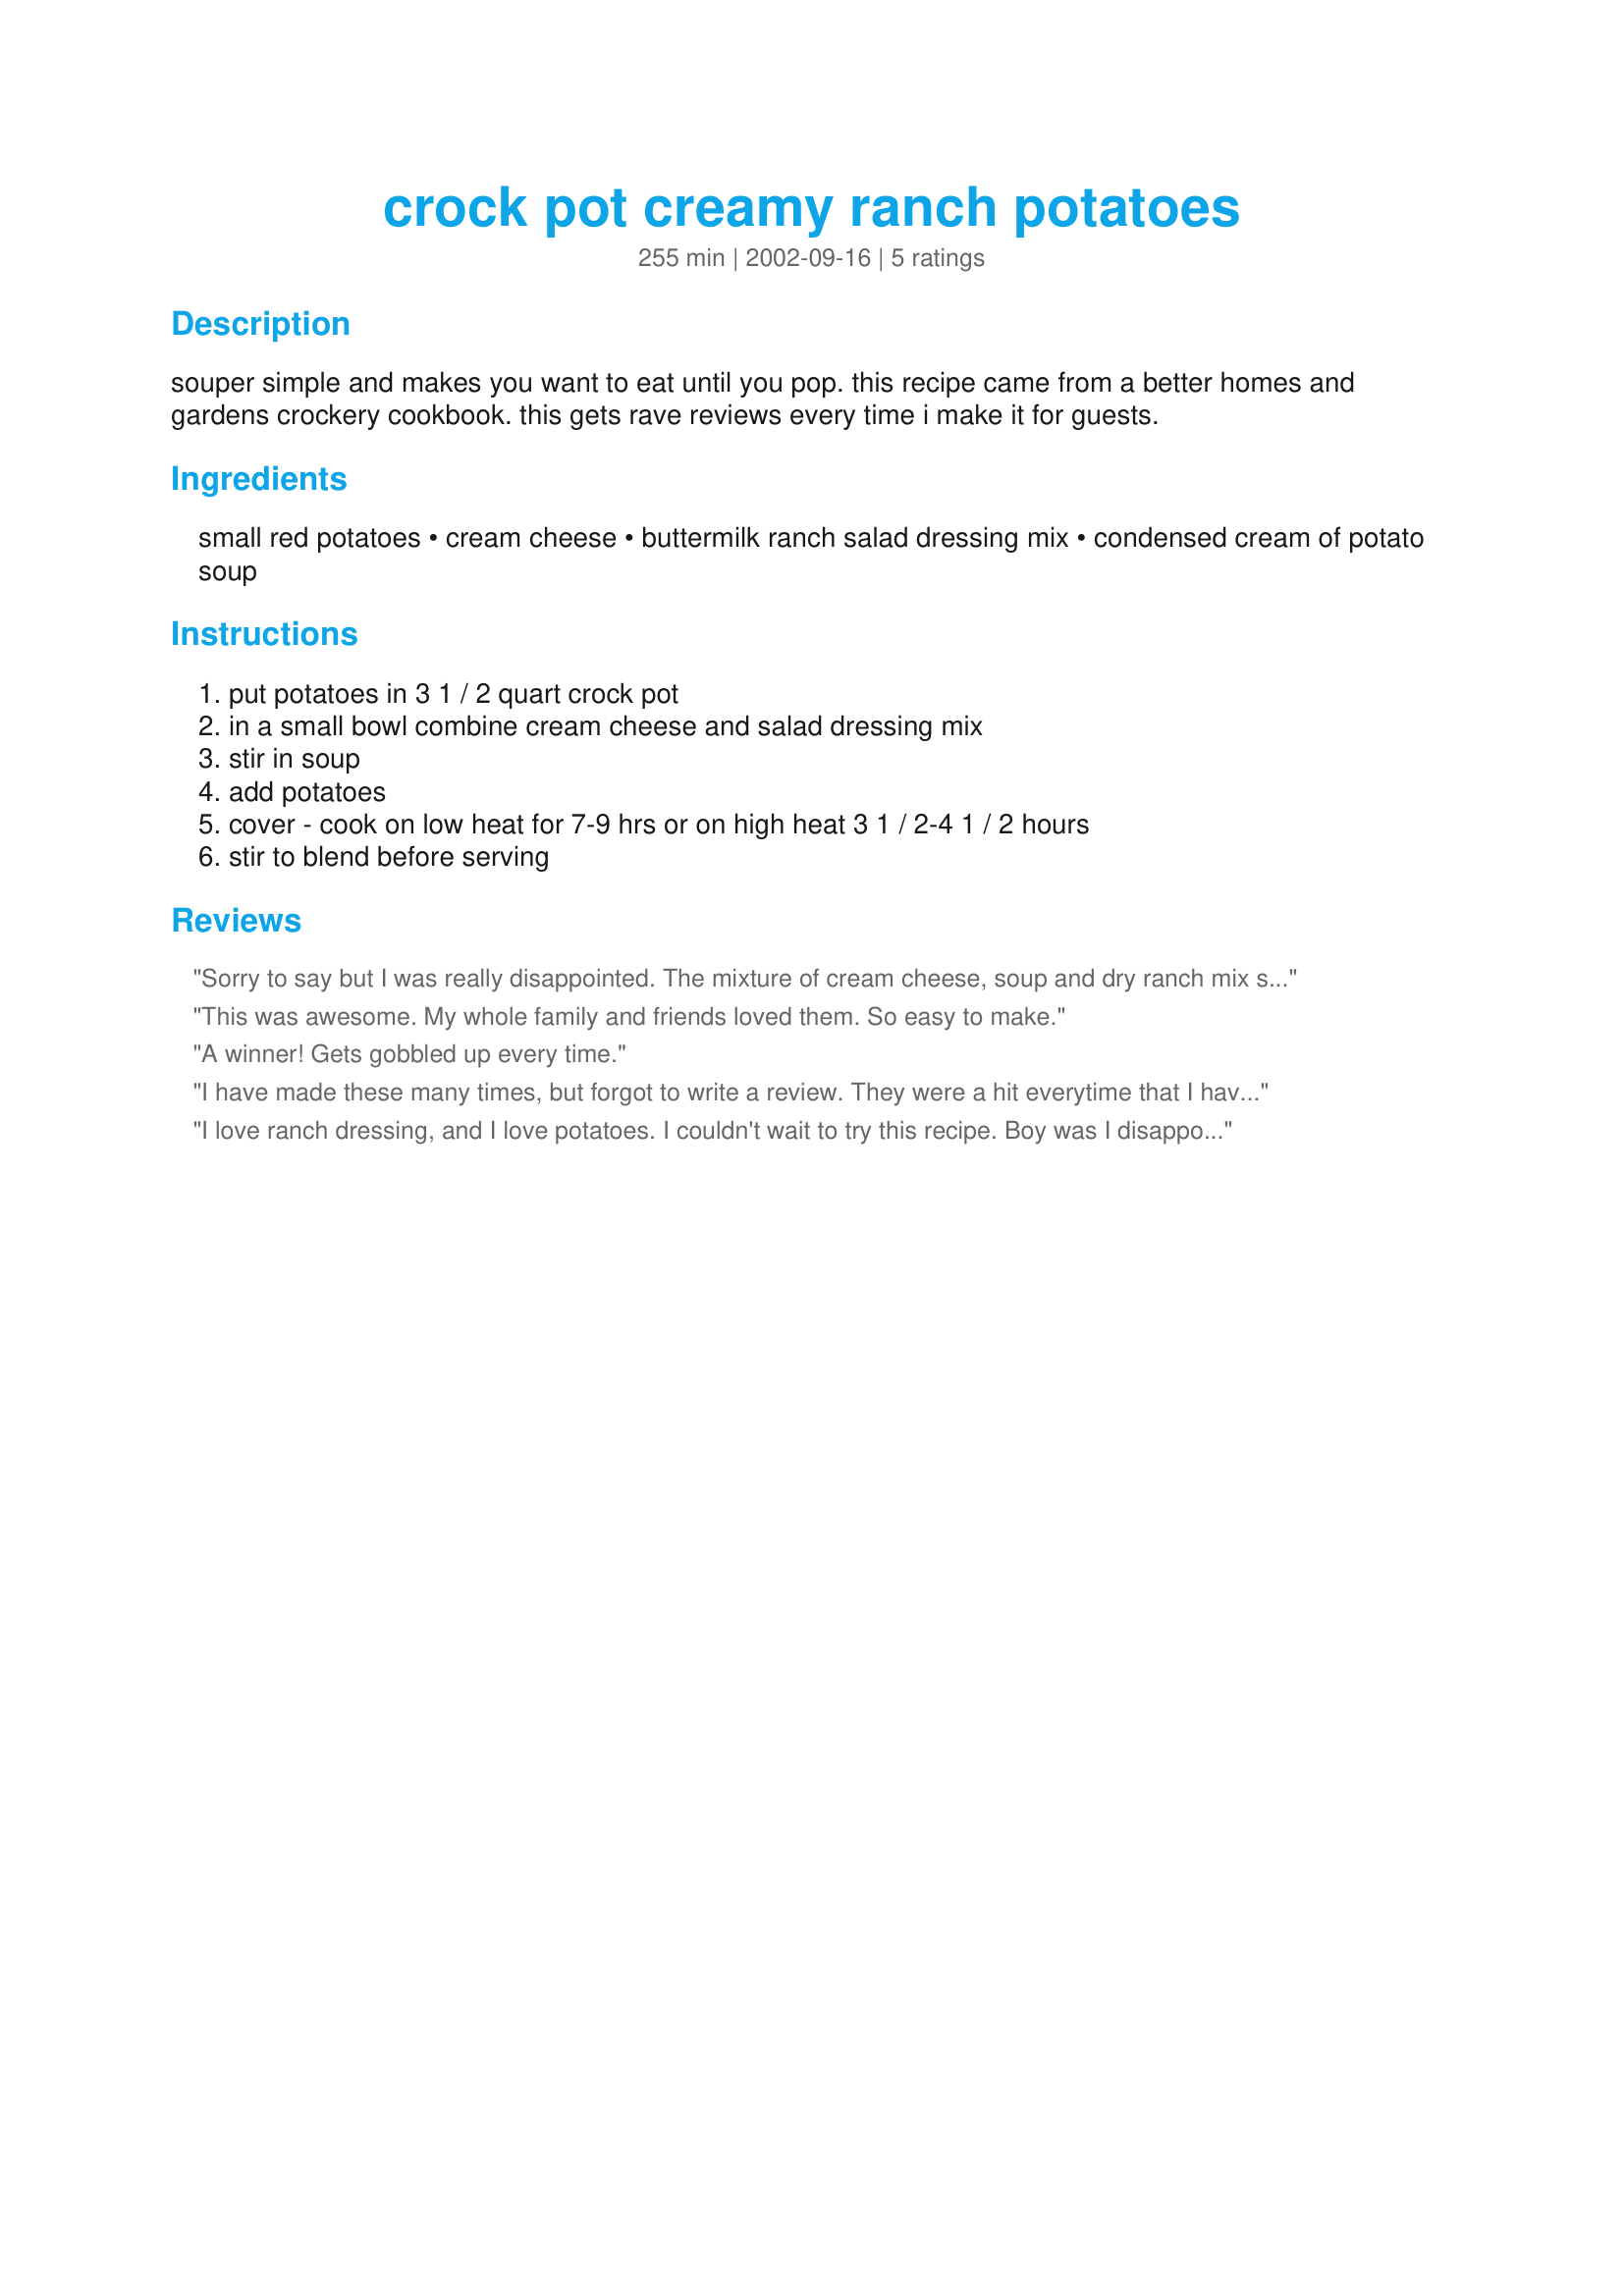
crock pot creamy ranch potatoes
Preparation time: 255 minutes

souper simple and makes you want to eat until you pop. this recipe came from a better homes and gardens crockery cookbook. this gets rave reviews every time i make it for guests.

Ingredients:
small red potatoes, cream cheese, buttermilk ranch salad dressing mix, condensed cream of potato soup

Steps:
put potatoes in 3 1 / 2 quart crock pot, in a small bowl combine cream cheese and salad dressing mix, stir in soup, add potatoes, cover - cook on low heat for 7-9 hrs or on high heat 3 1 / 2-4 1 / 2 hours, stir to blend before serving

Reviews:
Sorry to say but I was really disappointed. The mixture of cream cheese, soup and dry ranch mix seemed really thick when I mixed it but thought after 6-8 hrs in crock pot - it would thin and make a "sauce". It didn't - just looked like kinda "globby" and didn't evenly coat the potatoes.Looked worse than it tasted. Maybe adding more liquid to thin the mixture would have helped.
This was awesome. My whole family and friends loved them. So easy to make.
A winner! Gets gobbled up every time.
I have made these many times, but forgot to write a review. They were a hit everytime that I have made them. I have made them with cream of potato soup, as called for, but have also used cream of chicken or cream of mushroom when I didn't have cream of potato on hand. Easy to make and always get lots of compliments!
I love ranch dressing, and I love potatoes. I couldn't wait to try this recipe. Boy was I disappointed! The smell of the ranch was so strong,that by the time it was done (which was WAY longer than stated here), I was sick of it. I thought maybe they would taste good despite the smell, but even my husband (who will eat ANY potato) left it in the fridge and didn't touch it. Not your fault Laura, but I do not recommend this. Shame on you BH&G!
